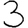
Digit: 3